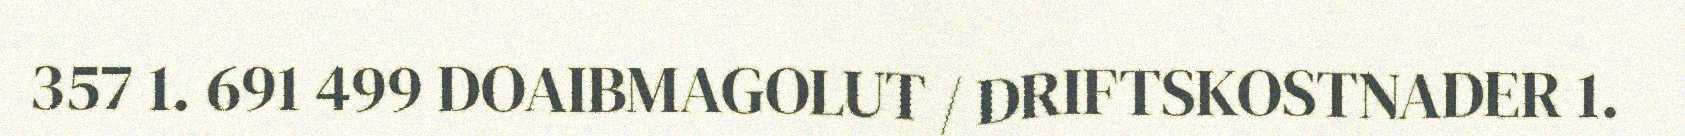
357 1. 691 499 DOAIBMAGOLUT / DRIFTSKOSTNADER 1.